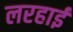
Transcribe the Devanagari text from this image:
लरहाई